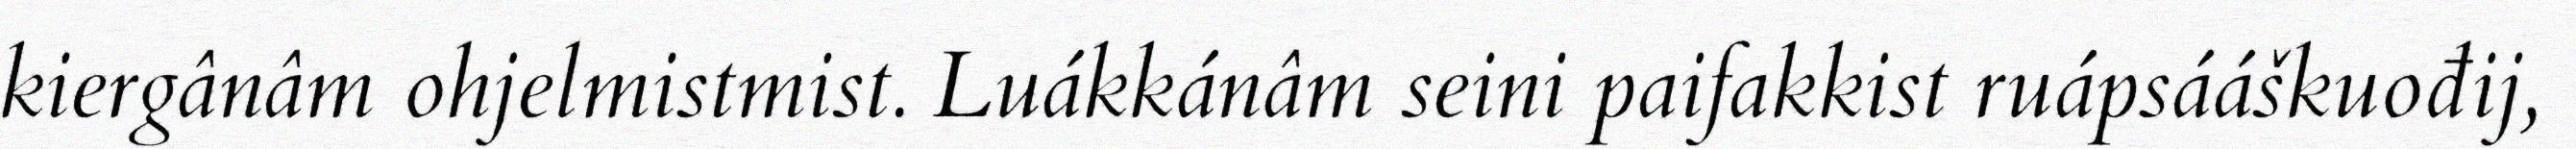
kiergânâm ohjelmistmist. Luákkánâm seini paifakkist ruápsááškuođij,